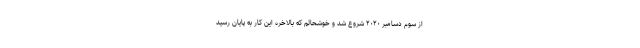
از سوم دسامبر ۲۰۲۰ شروع شد و خوشحالم که بالاخره این کار به پایان رسید